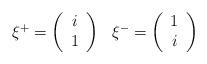
LaTeX: \begin{align*}\begin{array}{cc}\xi^{+}=\left( \begin{array}{c}i \\1\end{array}\right)&\xi^{-}=\left( \begin{array}{c}1 \\i\end{array}\right)\end{array}\end{align*}